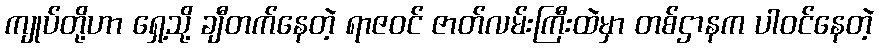
ကျုပ်တို့ဟာ ရှေ့သို့ ချီတက်နေတဲ့ ရာဇဝင် ဇာတ်လမ်းကြီးထဲမှာ တစ်ဌာနက ပါဝင်နေတဲ့